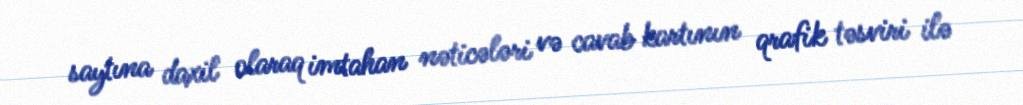
saytına daxil olaraq imtahan nəticələri və cavab kartının qrafik təsviri ilə